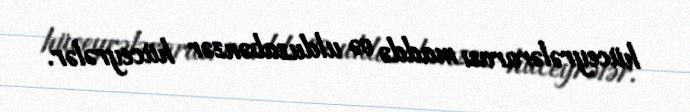
hüceyrələrarası maddə və ulduzabənzər hüceyrələr.